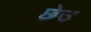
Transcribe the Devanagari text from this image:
छेउ